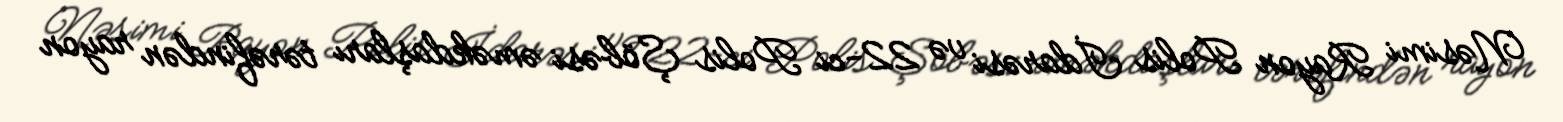
Nəsimi Rayon Polis İdarəsi və 22-ci Polis Şöbəsi əməkdaşları tərəfindən rayon